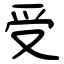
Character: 受